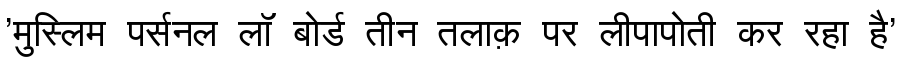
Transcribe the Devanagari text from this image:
'मुस्लिम पर्सनल लॉ बोर्ड तीन तलाक़ पर लीपापोती कर रहा है'